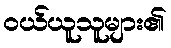
ဝယ်ယူသူများ၏